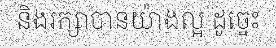
និងរក្សាបានយ៉ាងល្អ ដូច្នេះ